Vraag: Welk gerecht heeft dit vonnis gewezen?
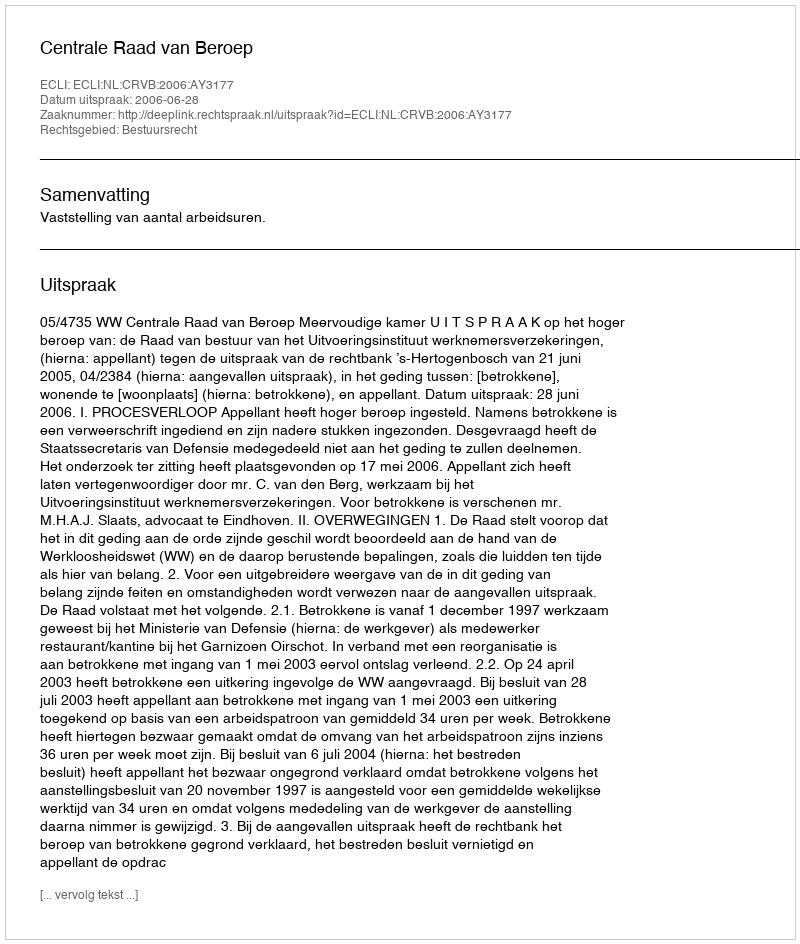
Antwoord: Centrale Raad van Beroep